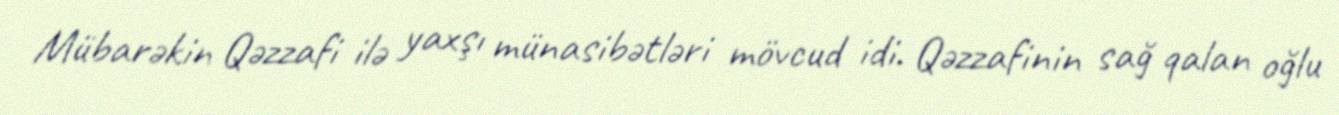
Mübarəkin Qəzzafi ilə yaxşı münasibətləri mövcud idi. Qəzzafinin sağ qalan oğlu